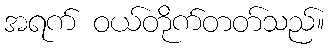
အရက် ဝယ်တိုက်တတ်သည်။